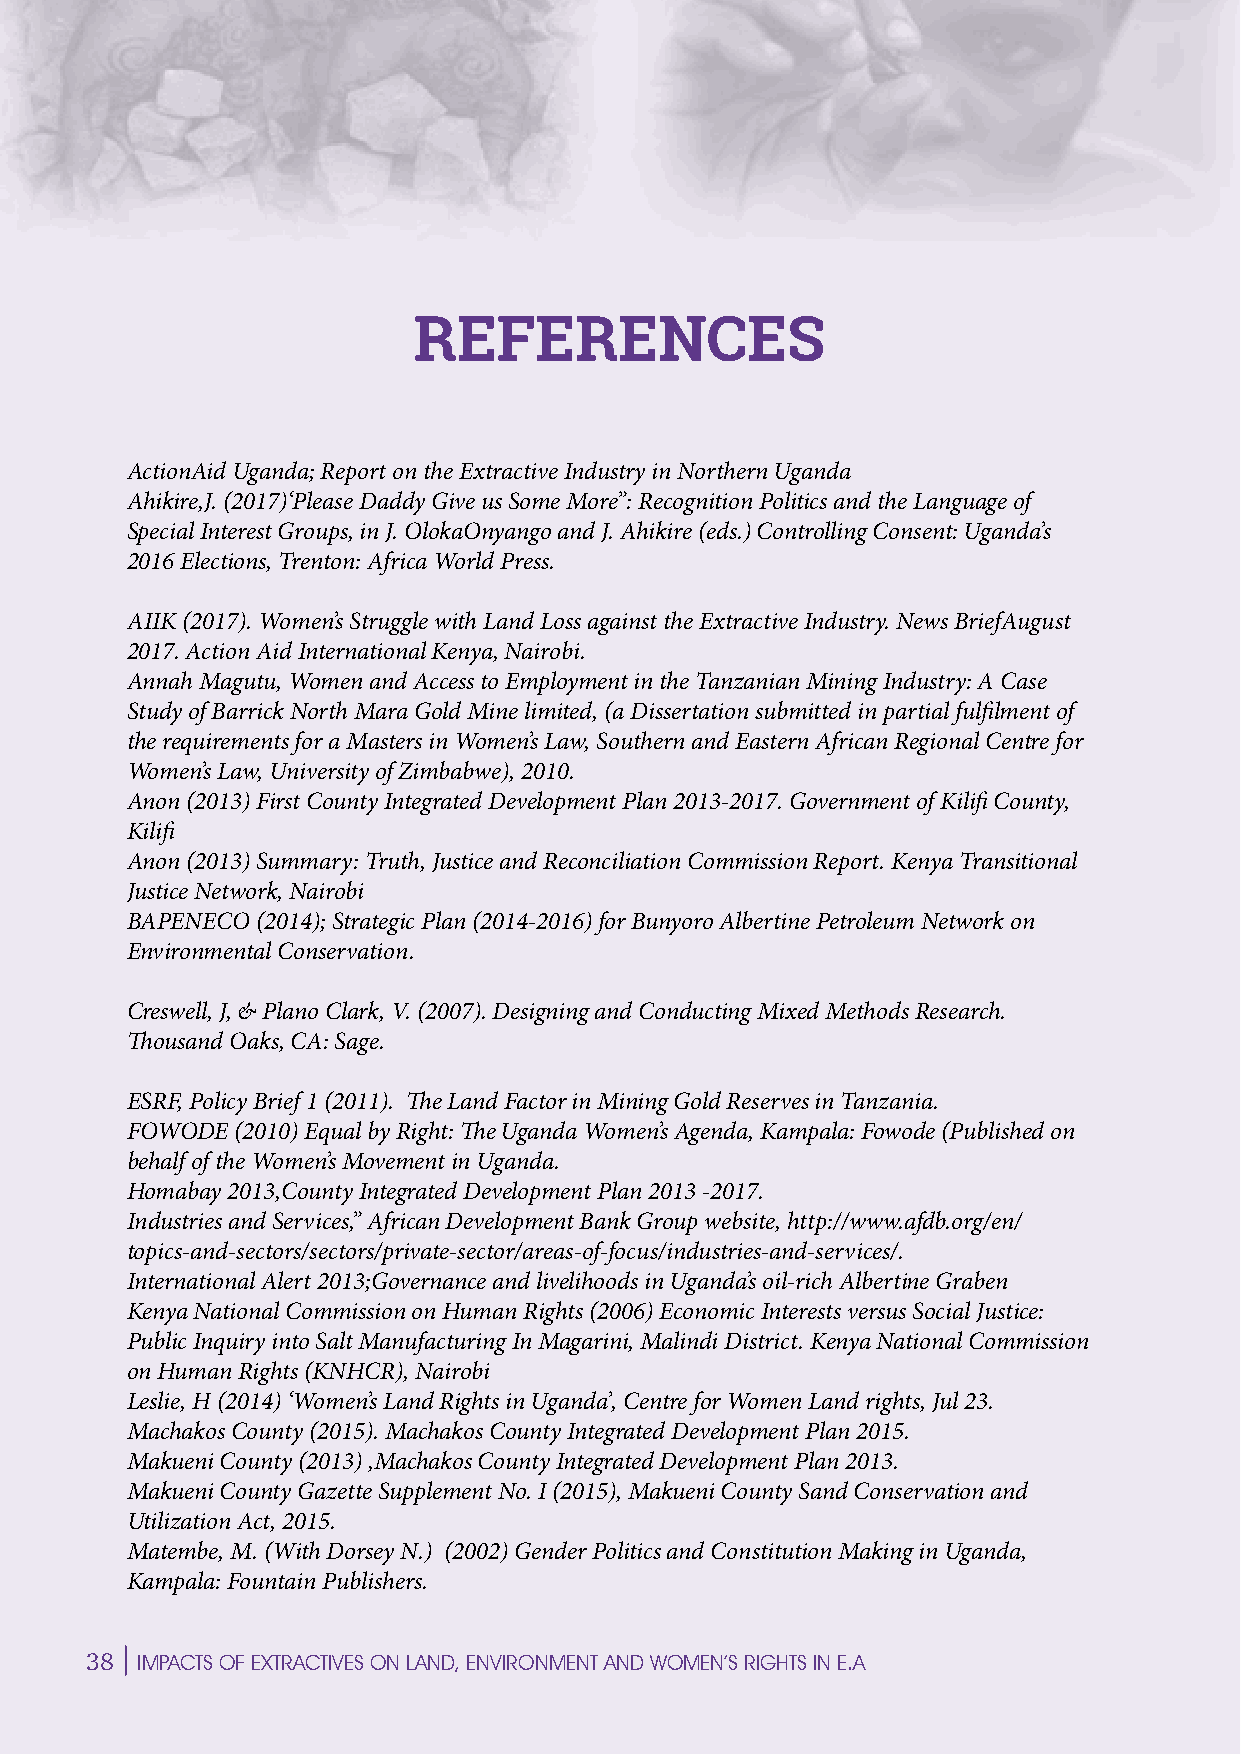
N
 S
 REFERENCEES
 P
 ActionAid Uganda; Report on the Extractive Industry in Northern Uganda
 M
 Ahikire,J. (2017)‘Please Daddy Give us Some More”: Recognition Politics and the Language of
 Special Interest Groups, in J. OlokaOnyango and J. Ahikire (eds.) Controlling Consent: Uganda’s
 2016 Elections, Trenton: Africa World Press.
 E
 AIIK (2017). Women’s Struggle with Land Loss against the Extractive Industry. News BriefAugust
 2017. Action Aid International Kenya, Nairobi.
 Annah Magutu, Women and Access to Employment in the Tanzanian Mining Industry: A Case
 E
 Study of Barrick North Mara Gold Mine limited, (a Dissertation submitted in partial fulfilment of
 the requirements for a Masters in Women’s Law, Southern and Eastern African Regional Centre for
 C
 Women’s Law, University of Zimbabwe), 2010.
 Anon (2013) First County Integrated Development Plan 2013-2017. Government of Kilifi County,
 Kilifi
 I                                                                                   I
 Anon (2013) Summary: Truth, Justice and Reconciliation Commission Report. Kenya Transitional
 Justice Network, Nairobi
 BAPENECO (2014); Strategic Plan (2014-2016) for Bunyoro Albertine Petroleum Network on
 C
 Environmental Conservation.
 E
 Creswell, J, & Plano Clark, V. (2007). Designing and Conducting Mixed Methods Research.
 Thousand Oaks, CA: Sage.
 ESRF, Policy Brief 1 (2011). The Land Factor in Mining Gold Reserves in Tanzania.
 E
 FOWODE  (2010) Equal by Right: The Uganda Women’s Agenda, Kampala: Fowode (Published on
 M
 behalf of the Women’s Movement in Uganda.
 Homabay 2013,County Integrated Development Plan 2013 -2017.
 Industries and Services,” African Development Bank Group website, http://www.afdb.org/en/
 topics-and-sectors/sectors/private-sector/areas-of-focus/industries-and-services/.
 P
 International Alert 2013;Governance and livelihoods in Uganda’s oil-rich Albertine Graben
 Kenya National Commission on Human Rights (2006) Economic Interests versus Social Justice:
 Public Inquiry into Salt Manufacturing In Magarini, Malindi District. Kenya National Commission                               E
 on Human Rights (KNHCR), Nairobi
 Leslie, H (2014) ‘Women’s Land Rights in Uganda’, Centre for Women Land rights, Jul 23.
 SMachakos County (2015). Machakos County Integrated Development Plan 2015.
 Makueni County (2013) ,Machakos County Integrated Development Plan 2013.
 Makueni County Gazette Supplement No. I (2015), Makueni County Sand Conservation and                                                 N
 Utilization Act, 2015.
 Matembe, M. (With Dorsey N.) (2002) Gender Politics and Constitution Making in Uganda,
 Kampala: Fountain Publishers.
 38
 IMPACTS OF EXTRACTIVES ON LAND, ENVIRONMENT AND WOMEN’S RIGHTS IN E.A